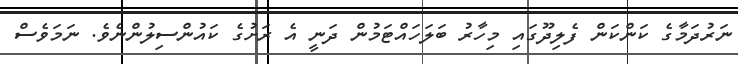
ނަރުދަމާގެ ކަންކަން ފެލިދޫގައި މިހާރު ބަލަހައްޓަމުން ދަނީ އެ ރަށުގެ ކައުންސިލުންނެވެ. ނަމަވެސް